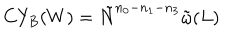
C Y _ { B } ( W ) = \tilde { N } ^ { n _ { 0 } - n _ { 1 } - n _ { 3 } } \tilde { \omega } ( L )